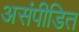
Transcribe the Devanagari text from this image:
असंपीडित